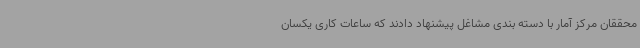
محققان مرکز آمار با دسته بندی مشاغل پیشنهاد دادند که ساعات کاری یکسان